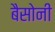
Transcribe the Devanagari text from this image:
बैसोनी